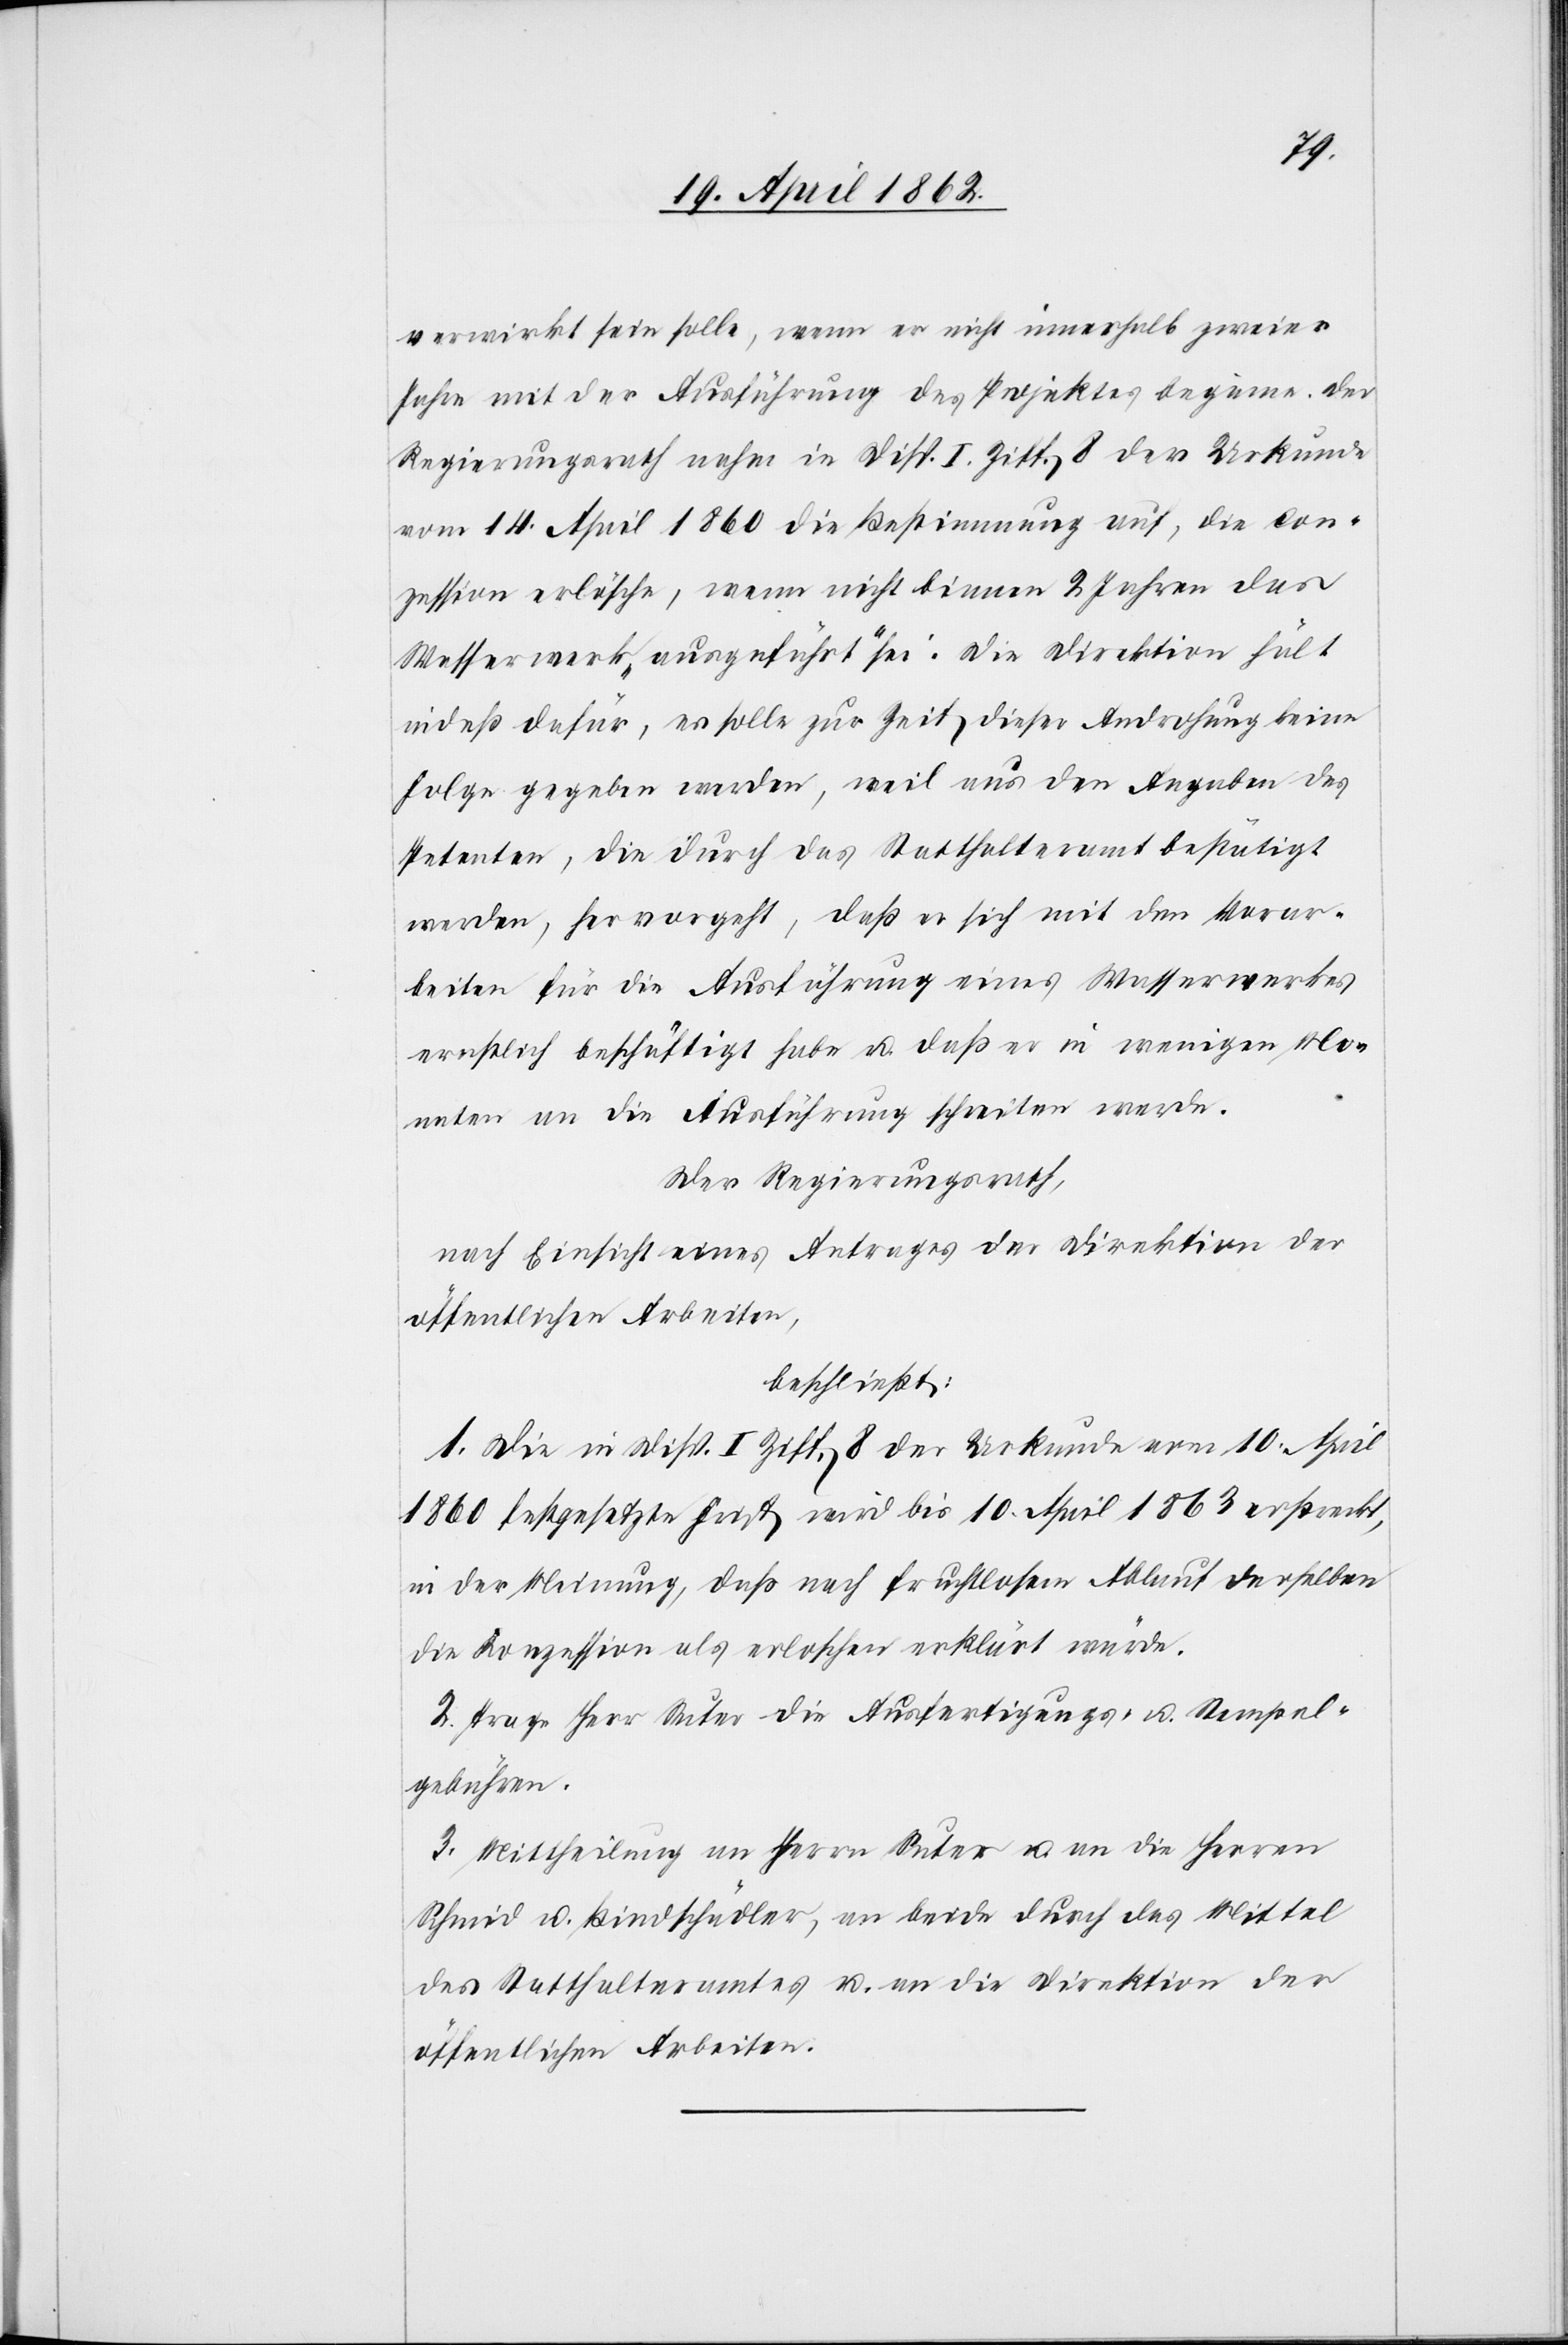
verwirkt sein solle, wenn er nicht innerhalb zweier
Jahre mit der Ausführung des Projektes beginne. Der
Regierungsrath nahm in Disp. I. Ziff. 8 der Urkunde
vom 14. April 1860 die Bestimmung auf, die Con¬
zession erlösche, wenn nicht binnen 2 Jahren das
Wasserwerk „ausgeführt“ sei. Die Direktion hält
indeß dafür, es solle zur Zeit dieser Androhung keine
Folge gegeben werden, weil aus den Angaben des
Petenten, die durch das Statthalteramt bestätigt
werden, hervorgeht, daß er sich mit den Vorar¬
beiten für die Ausführung eines Wasserwerkes
ernstlich beschäftigt habe u. daß er in wenigen Mo¬
naten an die Ausführung schreiten werde.
Der Regierungsrath,
nach Einsicht eines Antrages der Direktion der
öffentlichen Arbeiten,
beschließt:
1. Die in Disp. I Ziff. 8 der Urkunde vom 10. April
1860 festgesetzte Frist wird bis 10. April 1863 erstreckt,
in der Meinung, daß nach fruchtlosem Ablauf derselben
die Konzession als erloschen erklärt würde.
2. Trage Herr Suter die Ausfertigungs- u. Stempel¬
gebühren.
3. Mittheilung an Herrn Suter u. an die Herren
Schmid u. Bindschädler, an beide durch das Mittel
des Statthalteramtes u. an die Direktion der
öffentlichen Arbeiten.